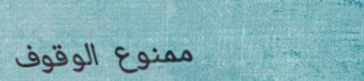
ممنوع الوقوف